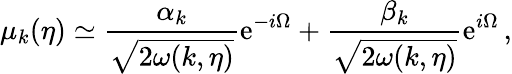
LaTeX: \mu_{k}(\eta)\simeq\frac{\alpha_{k}}{\sqrt{2\omega(k,\eta)}}\mathrm{e}^{-i\Omega}+\frac{\beta_{k}}{\sqrt{2\omega(k,\eta)}}\mathrm{e}^{i\Omega}\, ,